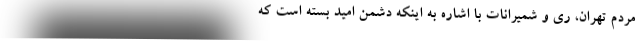
مردم تهران، ری و شمیرانات با اشاره به اینکه دشمن امید بسته است که